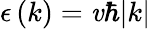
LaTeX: \epsilon\left(k\right)=\mathit{v}\hbar|k|